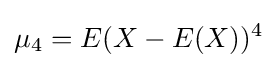
\mu _{4}=E(X-E(X))^{4}